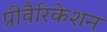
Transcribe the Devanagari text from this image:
प्रीवैरिकेशन